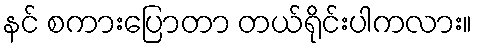
နင် စကားပြောတာ တယ်ရိုင်းပါကလား။